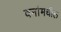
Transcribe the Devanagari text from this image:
वनांमधील